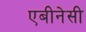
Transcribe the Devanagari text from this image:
एबीनेसी